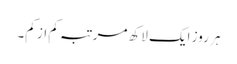
ہر روز ایک لاکھ مرتبہ کم از کم۔